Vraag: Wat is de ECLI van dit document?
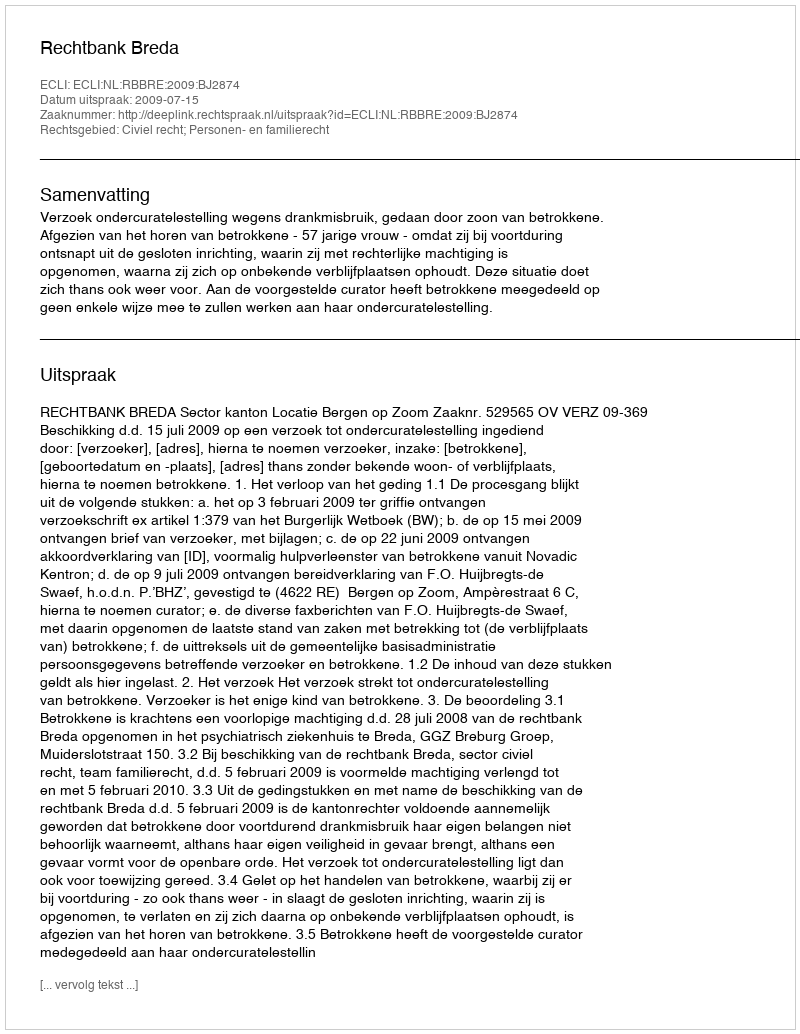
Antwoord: ECLI:NL:RBBRE:2009:BJ2874